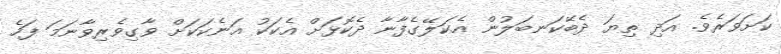
ކަށަވަރެވެ. އަދި ތިޔަ ދެބޭކަނބަލުން އެކަލޭގެފާނާ ދެކޮޅަށް އެކަކު އަނެކަކަށް ވާގިވެރިވާނަމަ ފަހެ